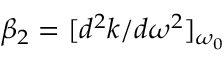
\beta _ { 2 } = [ d ^ { 2 } k / d \omega ^ { 2 } ] _ { \omega _ { 0 } }